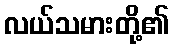
လယ်သမားတို့၏